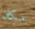
مكان